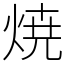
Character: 焼